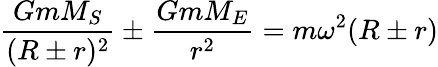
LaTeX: {\frac{GmM_{S}}{(R\pm r)^{2}}}\pm{\frac{GmM_{E}}{r^{2}}}=m\omega^{2}(R\pm r)